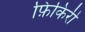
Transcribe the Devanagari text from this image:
फ़िकिरी